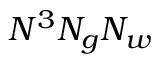
N ^ { 3 } N _ { g } N _ { w }